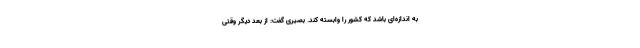
به اندازه‌ای باشد که کشور را وابسته کند. بصیری گفت: از بعد دیگر وقتی